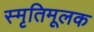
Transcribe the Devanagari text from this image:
स्मृतिमूलक